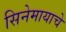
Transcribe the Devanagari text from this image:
सिनेमायाचे